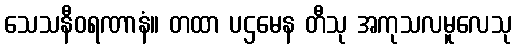
သေသနီဝရဏာနံ။ တထာ ပဌမေန တီသု အကုသလမူလေသု